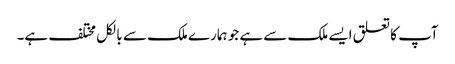
آپ کا تعلق ایسے ملک سے ہے جو ہمارے ملک سے بالکل مختلف ہے۔